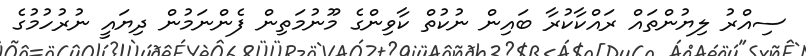
ސިއްރު ލިޔުންތައް ރައްކާކުރާ ބައިން ނުކުތް ކާވިންގެ މޫނުމަތިން ފެންނަމުން ދިޔައީ ނުރުހުމުގެ